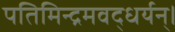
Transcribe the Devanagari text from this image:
पतिमिन्द्रमवद्धर्यन्।